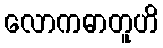
လောကဓာတူဟိ